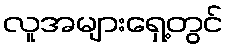
လူအများရှေ့တွင်